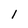
Character: l